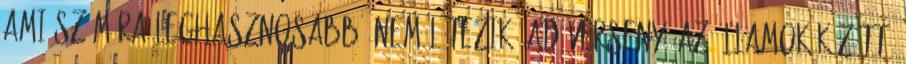
ami számára leghasznosabb? Nem létezik "adóverseny" az államok között,